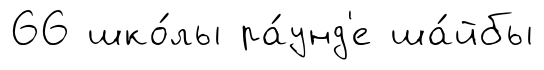
66 шко́лы ра́унд'е ша́йбы